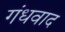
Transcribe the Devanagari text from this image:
गंधवाद